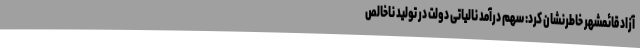
آزاد قائمشهر خاطرنشان کرد: سهم درآمد نالیاتی دولت در تولید ناخالص